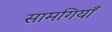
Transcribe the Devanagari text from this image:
सामगियाँ